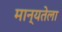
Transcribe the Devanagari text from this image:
मान्यतेला